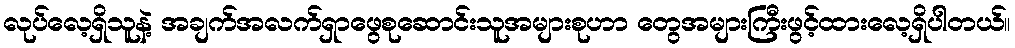
လုပ်လေ့ရှိသူနဲ့ အချက်အလက်ရှာဖွေစုဆောင်းသူအများစုဟာ တွေအများကြီးဖွင့်ထားလေ့ရှိပါတယ်။